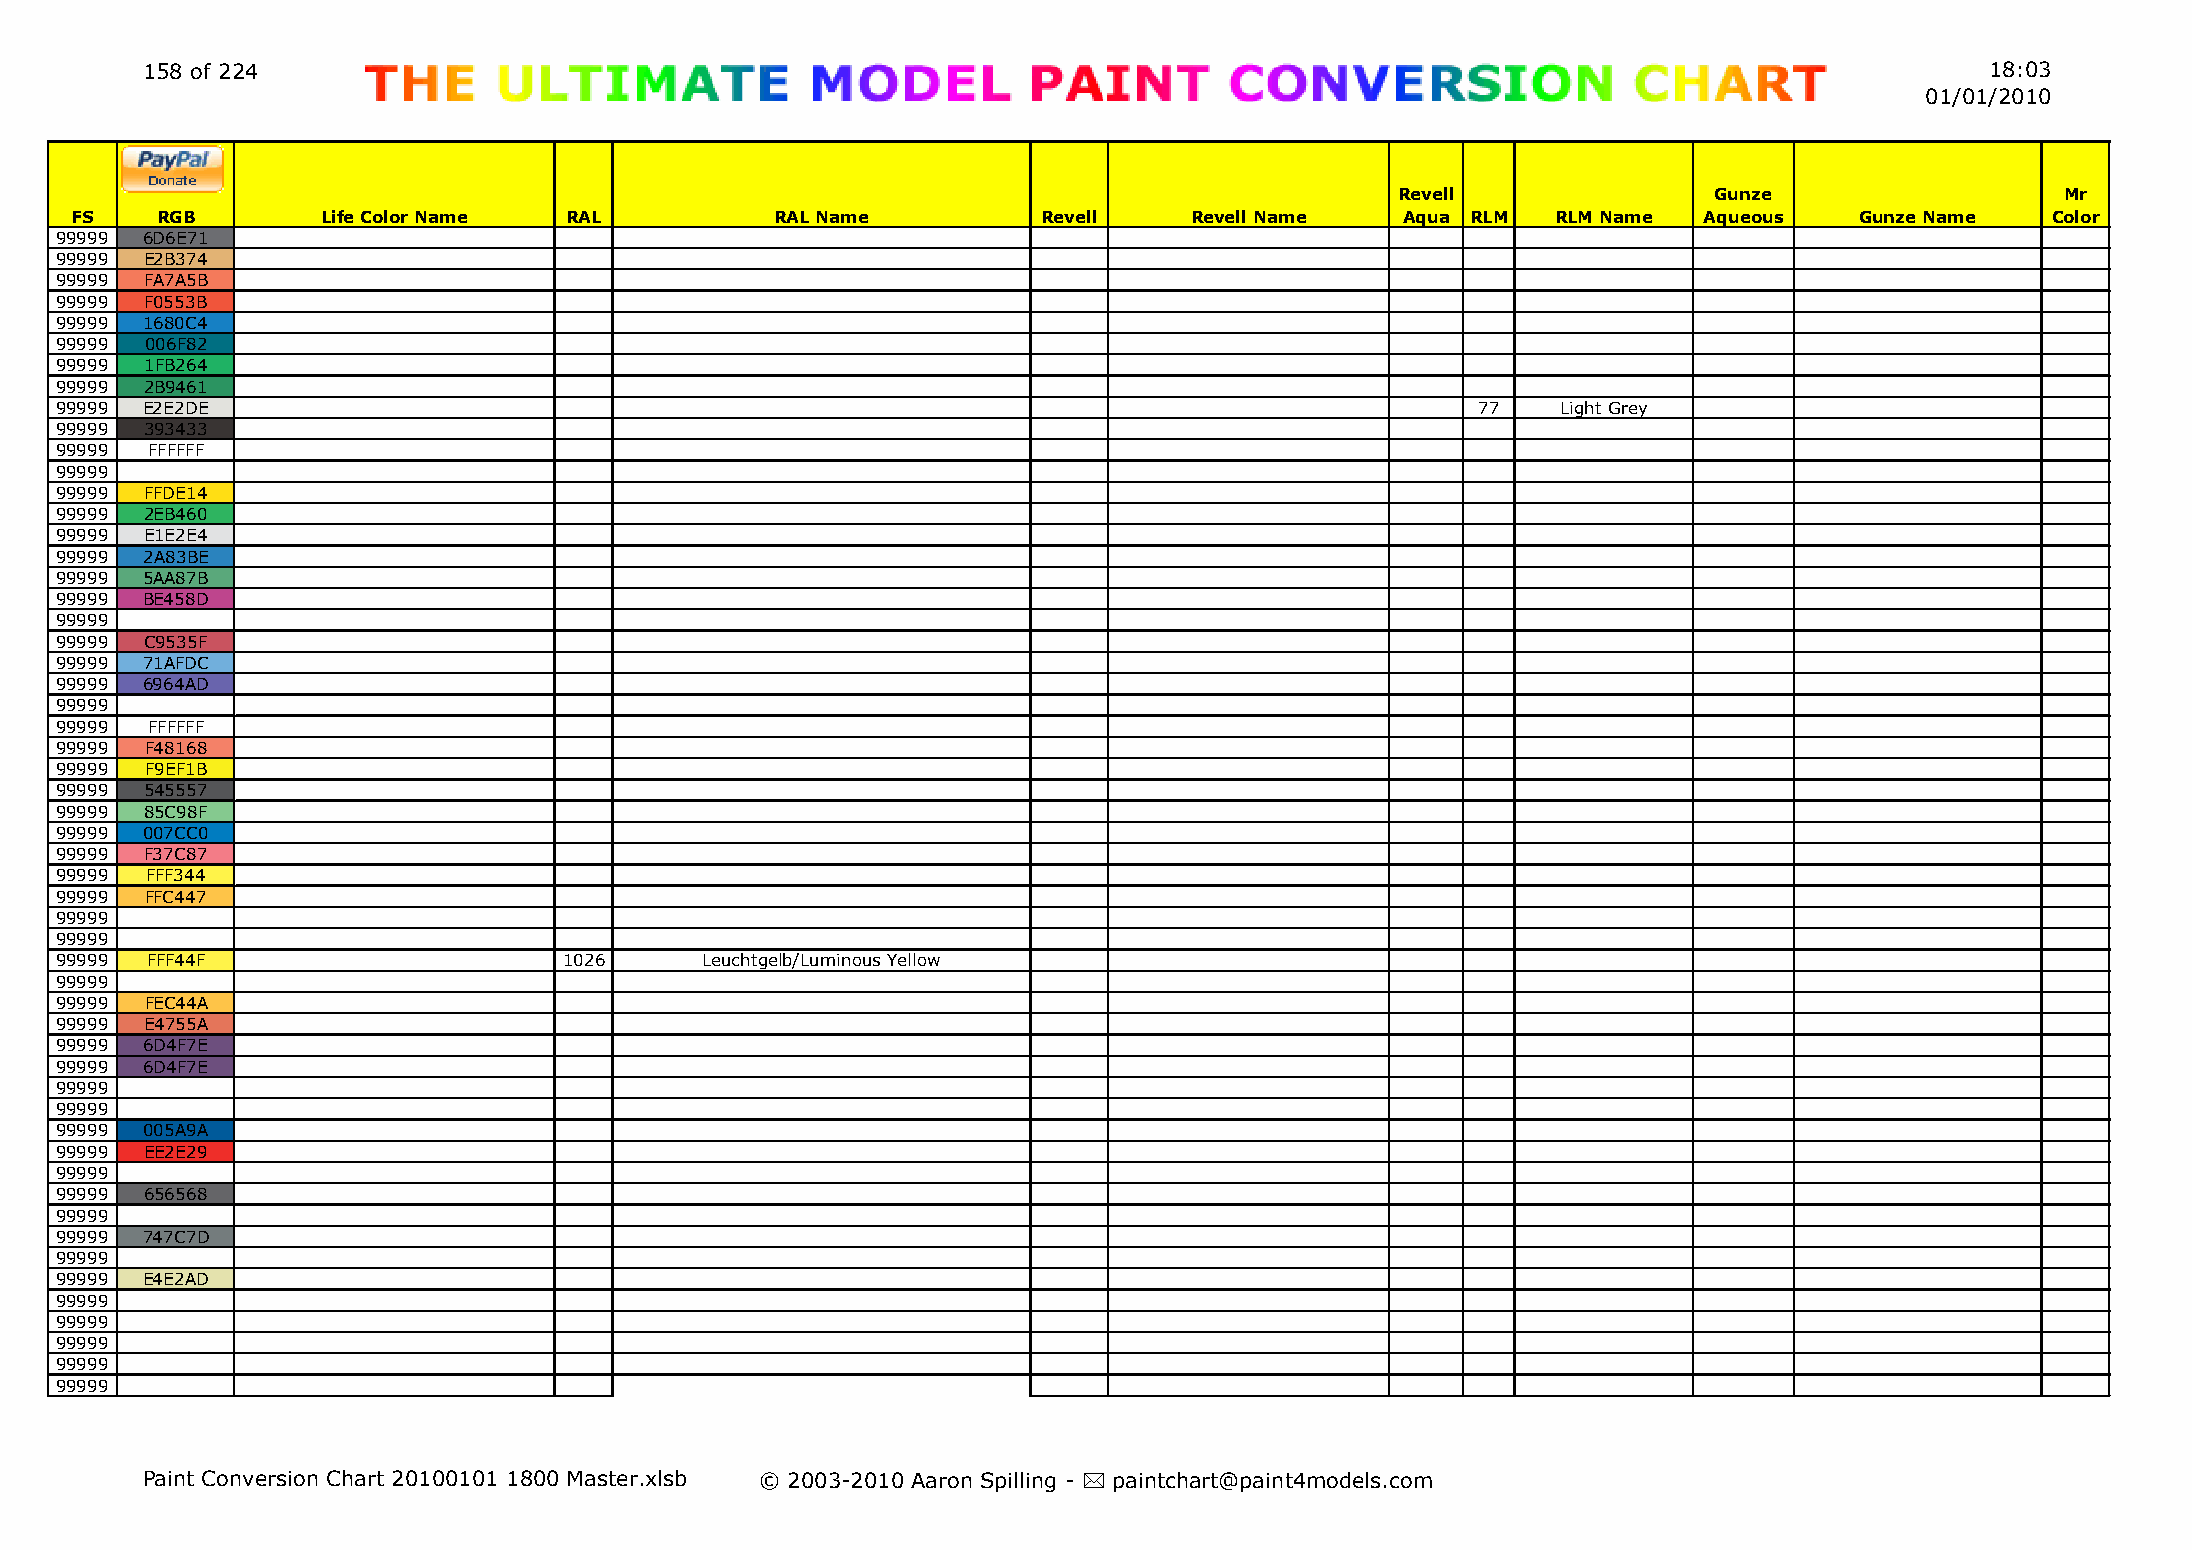
158 of 224                                                                                                                 18:03
 01/01/2010
 Revell              Gunze                   Mr
 FS   RGB        Life Color Name RAL           RAL Name          Revell    Revell Name   Aqua RLM  RLM Name  Aqueous   Gunze Name   Color
 99999 6D6E71
 99999 E2B374
 99999 FA7A5B
 99999 F0553B
 99999 1680C4
 99999 006F82
 99999 1FB264
 99999 2B9461
 99999 E2E2DE                                                                                  77   Light Grey
 99999 393433
 99999 FFFFFF
 99999
 99999 FFDE14
 99999 2EB460
 99999 E1E2E4
 99999 2A83BE
 99999 5AA87B
 99999 BE458D
 99999
 99999 C9535F
 99999 71AFDC
 99999 6964AD
 99999
 99999 FFFFFF
 99999 F48168
 99999 F9EF1B
 99999 545557
 99999 85C98F
 99999 007CC0
 99999 F37C87
 99999 FFF344
 99999 FFC447
 99999
 99999
 99999 FFF44F                     1026     Leuchtgelb/Luminous Yellow
 99999
 99999 FEC44A
 99999 E4755A
 99999 6D4F7E
 99999 6D4F7E
 99999
 99999
 99999 005A9A
 99999 EE2E29
 99999
 99999 656568
 99999
 99999 747C7D
 99999
 99999 E4E2AD
 99999
 99999
 99999
 99999
 99999
 Paint Conversion Chart 20100101 1800 Master.xlsb © 2003-2010 Aaron Spilling - * paintchart@paint4models.com